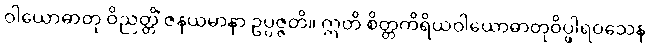
ဝါယောဓာတု ဝိညတ္တိံ ဇနယမာနာ ဥပ္ပဇ္ဇတိ။ ဣတိ စိတ္တကိရိယဝါယောဓာတုဝိပ္ဖါရဝသေန